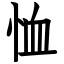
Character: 恤